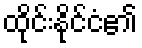
ထိုင်းနိုင်ငံ၏